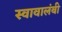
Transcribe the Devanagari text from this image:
स्वावालंबी